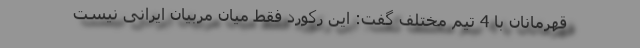
قهرمانان با 4 تیم مختلف گفت: این رکورد فقط میان مربیان ایرانی نیست